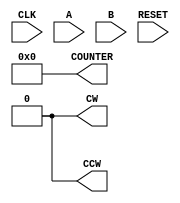
module QUADRATUR_ENCODER_SIMPLE(
	input CLK,
	input A,
	input B,
	input RESET,
	output reg signed [31:0] COUNTER,
	output reg CW,
	output reg CCW
	);
	//
	initial
	begin	
		CW <= 0;
		CCW <= 0;
		COUNTER <= 0;
		//
	end
	//
	always @(posedge CLK)
	begin
	
	end
endmodule